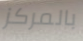
بالمركز